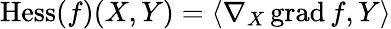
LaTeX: \operatorname{Hess}(f)(X,Y)=\langle\nabla_{X}\operatorname{grad}f,Y\rangle